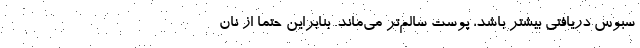
سبوس دریافتی بیشتر باشد، پوست سالم‌تر می‌ماند. بنابراین حتماً از نان